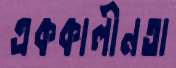
এককালীনতা